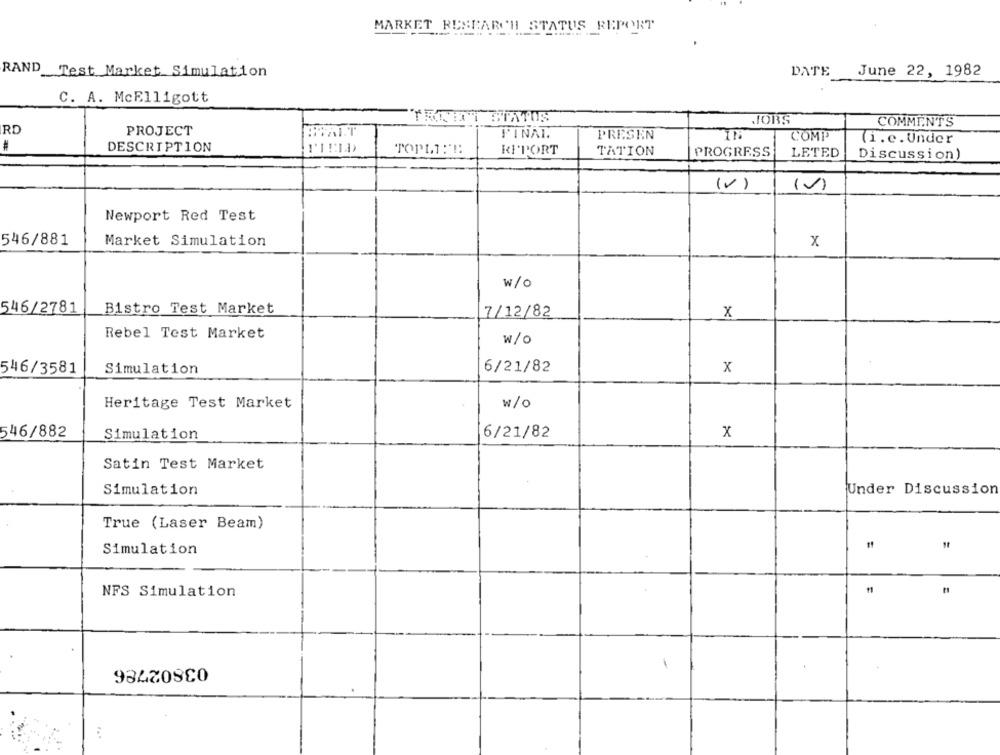
MARKET RESEARCH STATUS REPORT
RAND Test Market Simulation
DATE
June 22, 1982
C. A. McElligott
JOBS
COMMENTS
RD
PROJECT
FINAL
PRESEN
COMP
(i.e. Under
#
DESCRIPTION
RIPORT
TATION
PROGRESS
LETED
Discussion)
(V)
(0)
Newport Red Test
546/881
Market Simulation
x
w/o
546/2781
Bistro Test Market
7/12/82
x
Rebel Test Market
W/O
546/3581
Simulation
6/21/82
x
Heritage Test Market
w/o
546/882
Simulation
6/21/82
x
Satin Test Market
Simulation
Under Discussion
True (Laser Beam)
Simulation
NFS Simulation
03802786